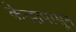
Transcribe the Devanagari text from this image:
केन्द्रापासून